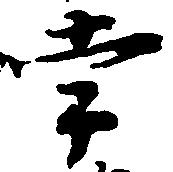
常